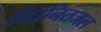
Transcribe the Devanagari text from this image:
संघनितजल